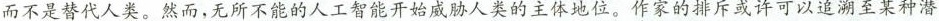
而不是替代人类。然而，无所不能的人工智能开始威人类的主体地位。作家的排斥或许可以追溯至某种潜